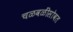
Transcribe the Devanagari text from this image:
चळवळींसोबत